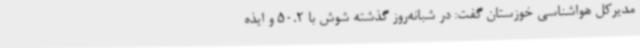
مدیرکل هواشناسی خوزستان گفت: در شبانه‌روز گذشته شوش با 50.2 و ایذه